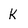
Character: k